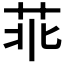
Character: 𦮃